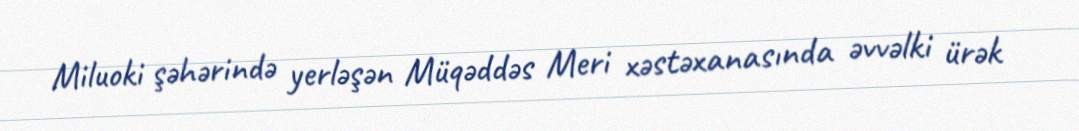
Miluoki şəhərində yerləşən Müqəddəs Meri xəstəxanasında əvvəlki ürək